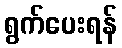
ရွက်ပေးရန်